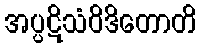
အပ္ပဋိသံဝိဒိတောတိ